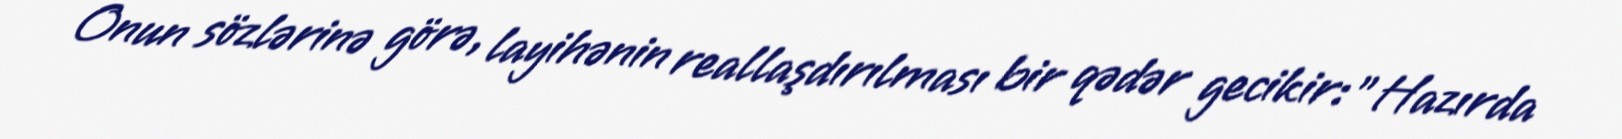
Onun sözlərinə görə, layihənin reallaşdırılması bir qədər gecikir: "Hazırda